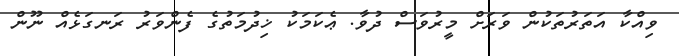
ވިއްކާ އަތަރުތަކުން ވަރަށް މީރުވަސް ދުވާ. ޢެކަމަކު ޚިދުމަތުގެ ފެންވަރު ރަނގަޅެއް ނޫން